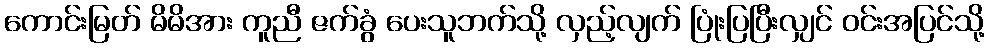
ကောင်းမြတ် မိမိအား ကူညီ ဇက်ခွံ ပေးသူဘက်သို့ လှည့်လျက် ပြုံးပြပြီးလျှင် ဝင်းအပြင်သို့